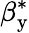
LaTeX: \beta_{\mathrm{y}}^{\mathrm{*}}